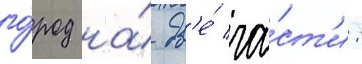
го́род на́ дв'е́ ча́ст'и: